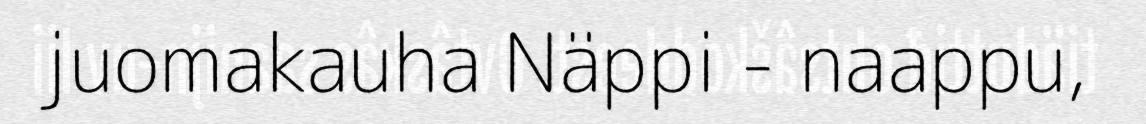
juomakauha Näppi - naappu,